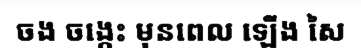
ចង ចង្កេះ មុនពេល ឡើង សៃ